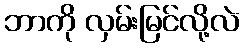
ဘာကို လှမ်းမြင်လို့လဲ